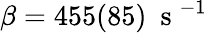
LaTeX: \beta=455(85)~\mathrm{~s~}^{-1}